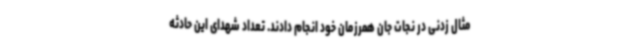
مثال زدنی در نجات جان همرزمان خود انجام دادند. تعداد شهدای این حادثه